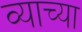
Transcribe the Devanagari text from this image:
व्याच्या